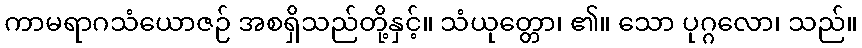
ကာမရာဂသံယောဇဉ် အစရှိသည်တို့နှင့်။ သံယုတ္တော၊ ၏။ သော ပုဂ္ဂလော၊ သည်။